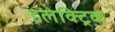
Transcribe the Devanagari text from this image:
इलेक्‍ट्रिक